Report on vaccination in Madras 1877-1894 - 1877-1894
Year: 1877
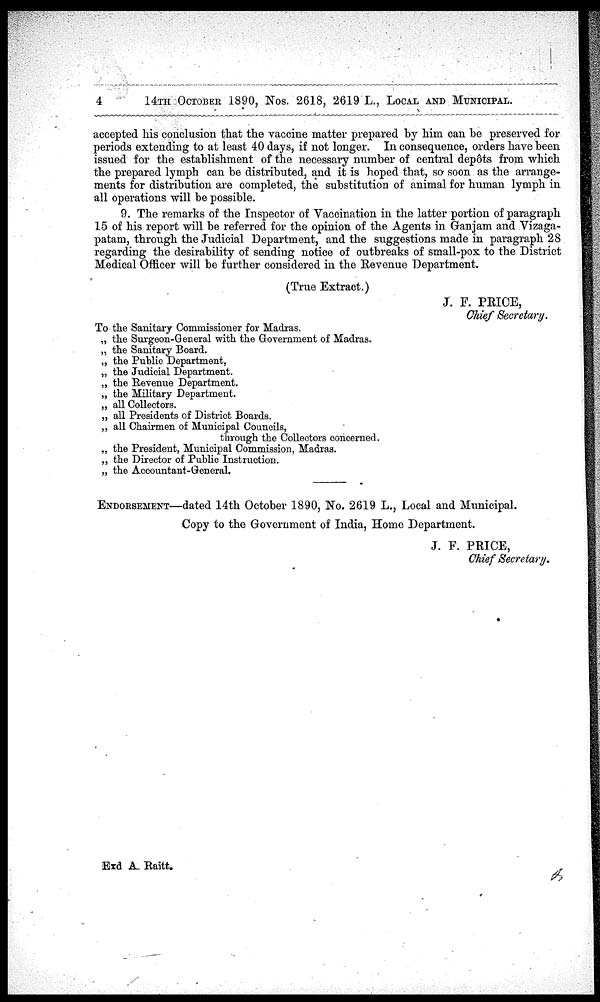
4
14TH OCTOBER 1890, Nos. 2618, 2619 L., LOCAL AND MUNICIPAL.
accepted his conclusion that the vaccine matter prepared by him can be preserved for
periods extending to at least 40 days, if not longer. In consequence, orders have been
issued for the establishment of the necessary number of central depôts from which
the prepared lymph can be distributed, and it is hoped that, so soon as the arrange-
ments for distribution are completed, the substitution of animal for human lymph in
all operations will be possible.
9. The remarks of the Inspector of Vaccination in the latter portion of paragraph
15 of his report will be referred for the opinion of the Agents in Ganjam and Vizaga-
patam, through the Judicial Department, and the suggestions made in paragraph 28
regarding the desirability of sending notice of outbreaks of small-pox to the District
Medical Officer will be further considered in the Revenue Department.
(True Extract.)
J. F. PRICE,
Chief Secretary.
To the Sanitary Commissioner for Madras.
„ the Surgeon-General with the Government of Madras.
„ the Sanitary Board.
„ the Public Department,
„ the Judicial Department.
„ the Revenue Department.
„ the Military Department.
„ all Collectors.
„ all Presidents of District Boards.
„ all Chairmen of Municipal Councils,
through the Collectors concerned.
„ the President, Municipal Commission, Madras.
„ the Director of Public Instruction.
„ the Accountant-General.
ENDORSEMENT—dated 14th October 1890, No. 2619 L., Local and Municipal.
Copy to the Government of India, Home Department.
J. F. PRICE,
Chief Secretary.
Exd A. Raitt.